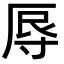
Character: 𭔱